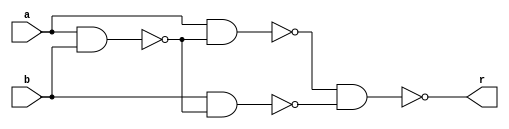
module xor_gate(r,a,b);
output r;
input a,b;
wire c,d,e;
nand nand_1(c,a,b);
nand nand_2(d,a,c);
nand nand_3(e,b,c);
nand nand_4(r,d,e);
endmodule